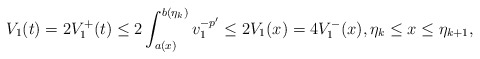
\begin{align*}V_1(t)=2V_1^+(t)\le 2\int_{a(x)}^{b(\eta_k)}v_1^{-p'}\le 2V_1(x)=4 V_1^-(x), \eta_k\le x\le\eta_{k+1},\end{align*}